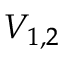
V _ { 1 , 2 }